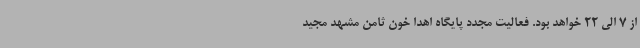
از 7 الی 22 خواهد بود. فعالیت مجدد پایگاه اهدا خون ثامن مشهد مجید